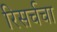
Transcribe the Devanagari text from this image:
रिसर्चचा